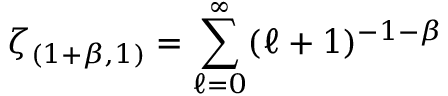
\zeta _ { ( 1 + \beta , 1 ) } = \sum _ { \ell = 0 } ^ { \infty } ( \ell + 1 ) ^ { - 1 - \beta }